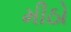
મીઠો